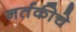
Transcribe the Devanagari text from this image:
नर्तकीचे